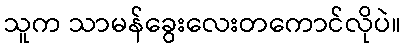
သူက သာမန်ခွေးလေးတကောင်လိုပဲ။